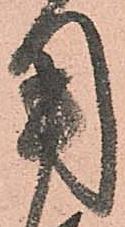
用